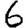
Digit: 6